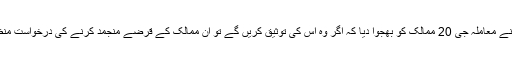
جی ایٹ رکن ممالک نے معاملہ جی 20 ممالک کو بھجوا دیا کہ اگر وہ اس کی توثیق کریں گے تو ان ممالک کے قرضے منجمد کرنے کی درخواست منظور کر لی جائے گی۔